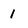
Character: 1